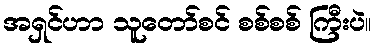
အရှင်ဟာ သူတော်စင် စစ်စစ် ကြီးပဲ။